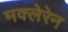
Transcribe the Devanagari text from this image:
मक्लेरेन